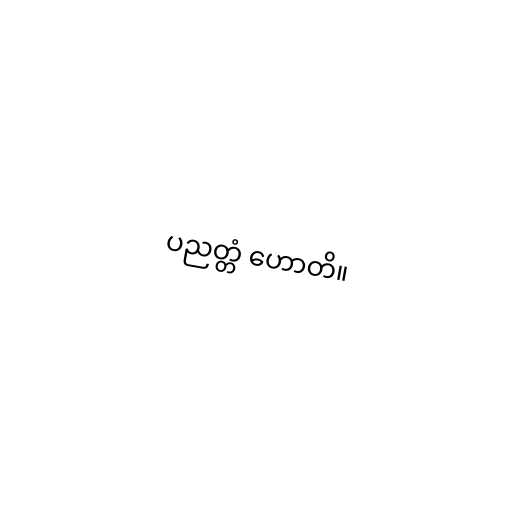
ပညတ္တံ ဟောတိ။